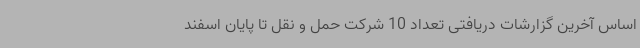
اساس آخرین گزارشات دریافتی تعداد 10 شرکت حمل و نقل تا پایان اسفند